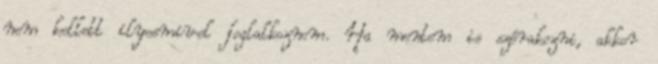
nem kellett ilyesmivel foglalkoznom. Ha mentem is szórakozni, akkor